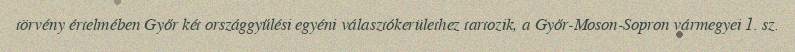
törvény értelmében Győr két országgyűlési egyéni választókerülethez tartozik, a Győr-Moson-Sopron vármegyei 1. sz.